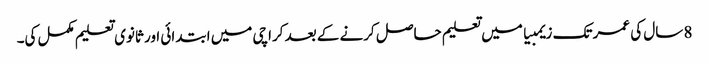
8 سال کی عمر تک زیمبیا میں تعلیم حاصل کرنے کے بعد کراچی میں ابتدائی اور ثانوی تعلیم مکمل کی۔